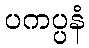
ပကပ္ပနံ